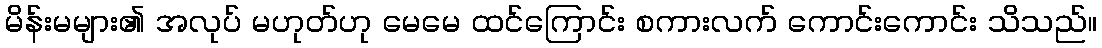
မိန်းမများ၏ အလုပ် မဟုတ်ဟု မေမေ ထင်ကြောင်း စကားလက် ကောင်းကောင်း သိသည်။